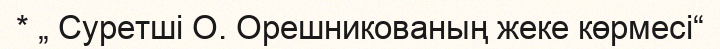
* „ Суретші О. Орешникованың жеке көрмесі“